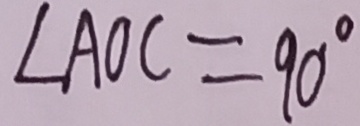
\angle A O C = 9 0 ^ { \circ }